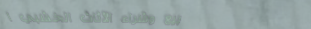
بيع وشراء الأثاث الخشبي ا